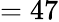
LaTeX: =47